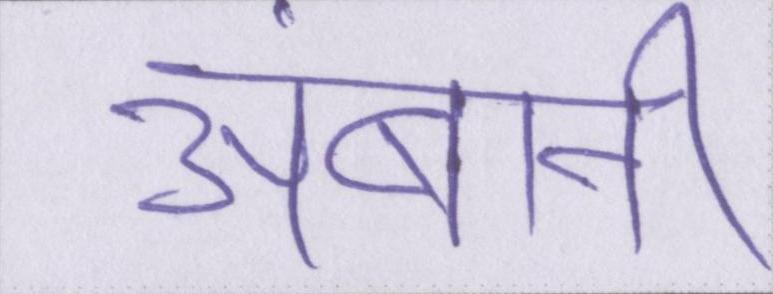
अंबानी